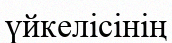
үйкелісінің